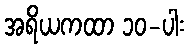
အရိယကထာ ၁၀-ပါး